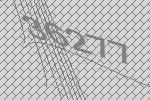
36277